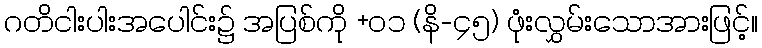
ဂတိငါးပါးအပေါင်း၌ အပြစ်ကို +၀၁ (နိ-၄၅) ဖုံးလွှမ်းသောအားဖြင့်။